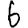
Digit: 6